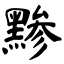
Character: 黪